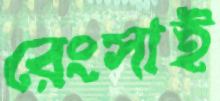
রেংসাই